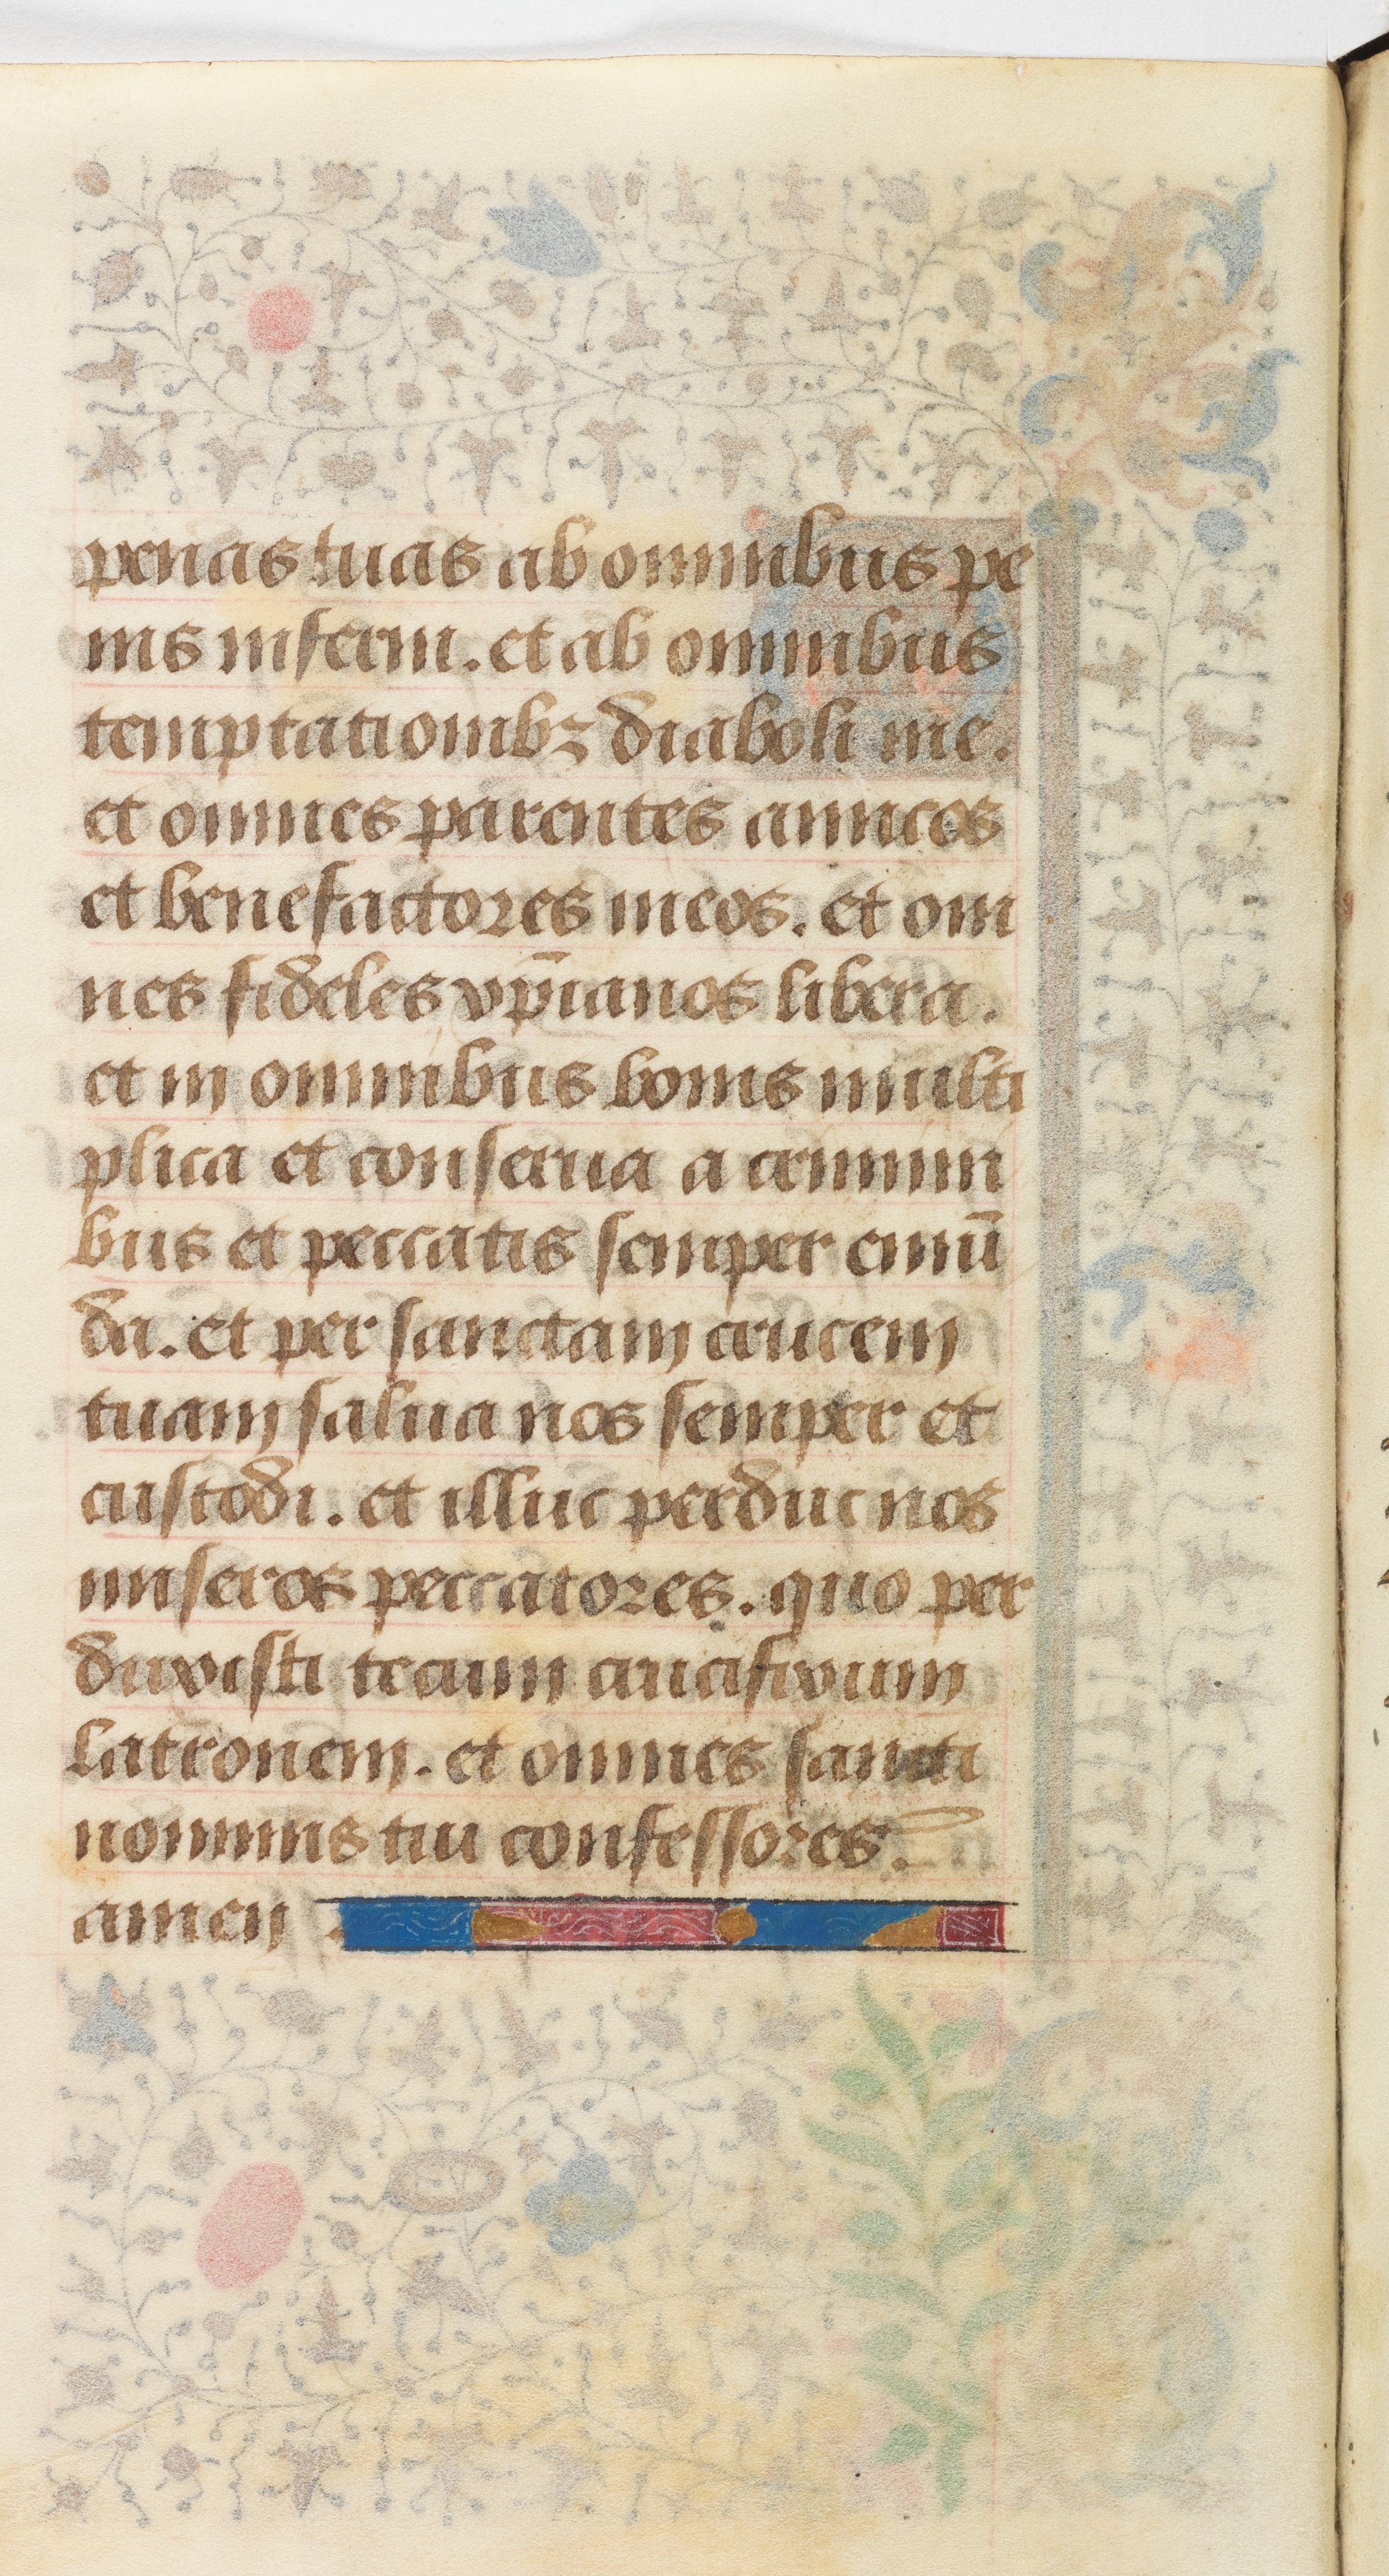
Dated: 1458–1460